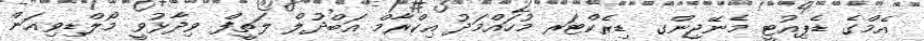
އެމްގެ ޑެޕިއުޓީ މެނޭޖިންގ ޑިރެކްޓަރ މުހައްމަދު އިކްރާމް އަބްދުލް ލަތީފް ވިދާޅުވީ މޯލްޑިވިއަން